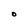
Character: O